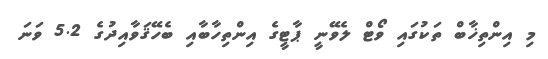
މި އިންތިޚާބް ތަކުގައި ވޯޓް ލެވޭނީ ޕާޓީގެ އިންތިހާބާއި ބެހޭޤަވާއިދުގެ 5.2 ވަނަ